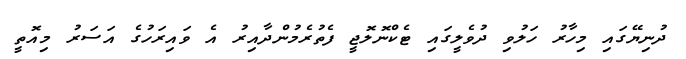
ދުނިޔޭގައި މިހާރު ހަލުވި ދުވެލީގައި ޓެކްނޮލޮޖީ ފެތުރެމުންދާއިރު އެ ވައިރަހުގެ އަސަރު މިއޮތީ